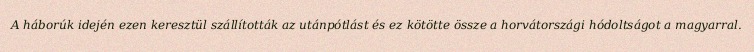
A háborúk idején ezen keresztül szállították az utánpótlást és ez kötötte össze a horvátországi hódoltságot a magyarral.